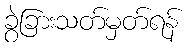
ခွဲခြားသတ်မှတ်ရန်